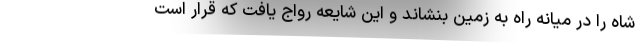
شاه را در میانه راه به زمین بنشاند و این شایعه رواج یافت که قرار است